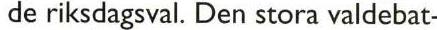
de riksdagsval. Den stora valdebat-